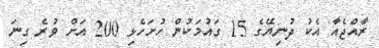
ރާއްޖެއާ އެކު ދުނިޔޭގެ 15 ގައުމަކުން ހުށަހެޅި 200 އަށް ވުރެ ގިނަ